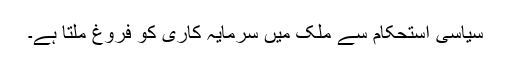
سیاسی استحکام سے ملک میں سرمایہ کاری کو فروغ ملتا ہے۔